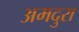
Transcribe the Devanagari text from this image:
अमदुरा